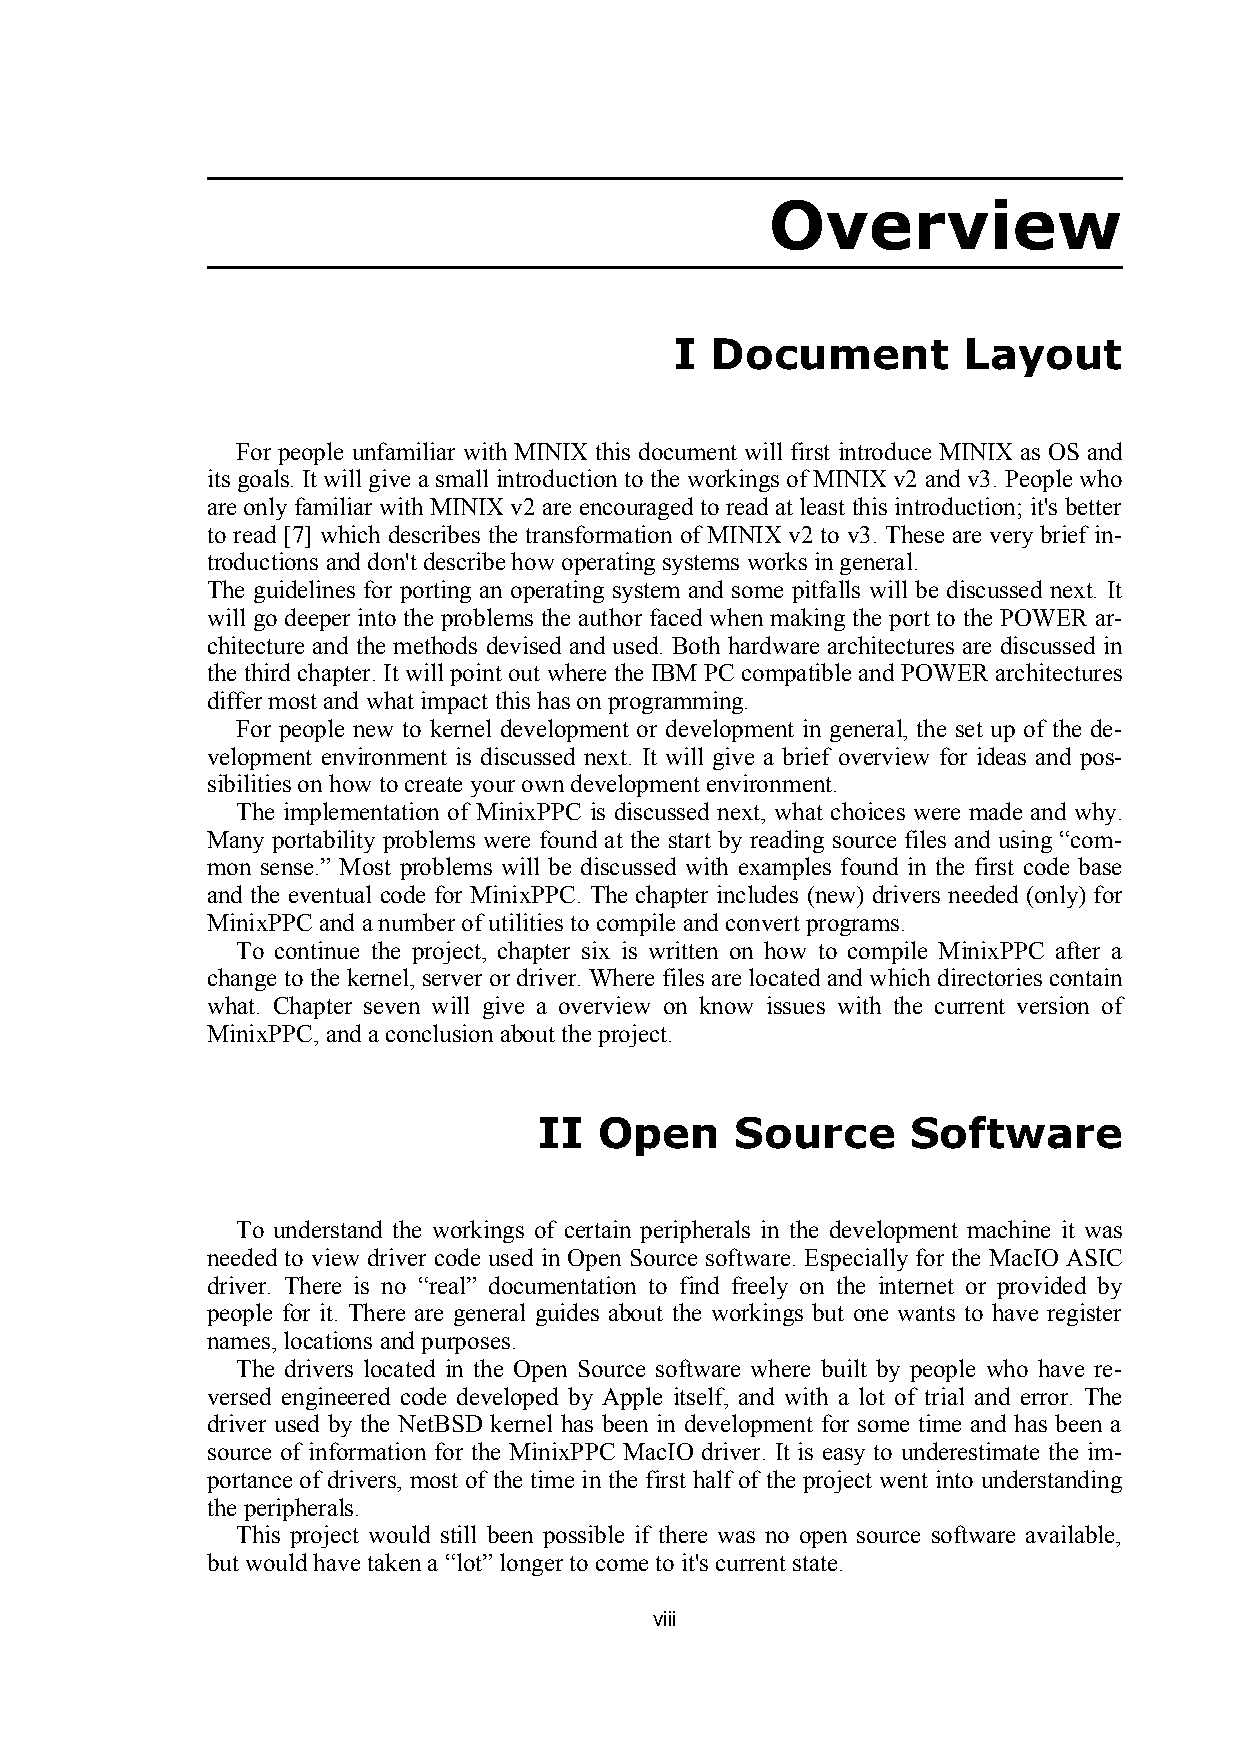
Overview
 I Document         Layout
 For people unfamiliar with MINIX this document will first introduce MINIX as OS and
 its goals. It will give a small introduction to the workings of MINIX v2 and v3. People who
 are only familiar with MINIX v2 are encouraged to read at least this introduction; it's better
 to read [7] which describes the transformation of MINIX v2 to v3. These are very brief in-
 troductions and don't describe how operating systems works in general.
 The guidelines for porting an operating system and some pitfalls will be discussed next. It
 will go deeper into the problems the author faced when making the port to the POWER ar-
 chitecture and the methods devised and used. Both hardware architectures are discussed in
 the third chapter. It will point out where the IBM PC compatible and POWER architectures
 differ most and what impact this has on programming.
 For people new to kernel development or development in general, the set up of the de-
 velopment environment is discussed next. It will give a brief overview for ideas and pos-
 sibilities on how to create your own development environment.
 The implementation of MinixPPC is discussed next, what choices were made and why.
 Many portability problems were found at the start by reading source files and using “com-
 mon sense.” Most problems will be discussed with examples found in the first code base
 and the eventual code for MinixPPC. The chapter includes (new) drivers needed (only) for
 MinixPPC and a number of utilities to compile and convert programs.
 To continue the project, chapter six is written on how to compile MinixPPC after a
 change to the kernel, server or driver. Where files are located and which directories contain
 what. Chapter seven will give a overview on know issues with the current version of
 MinixPPC, and a conclusion about the project.
 II  Open     Source     Software
 To understand the workings of certain peripherals in the development machine it was
 needed to view driver code used in Open Source software. Especially for the MacIO ASIC
 driver. There is no “real” documentation to find freely on the internet or provided by
 people for it. There are general guides about the workings but one wants to have register
 names, locations and purposes.
 The drivers located in the Open Source software where built by people who have re-
 versed engineered code developed by Apple itself, and with a lot of trial and error. The
 driver used by the NetBSD kernel has been in development for some time and has been a
 source of information for the MinixPPC MacIO driver. It is easy to underestimate the im-
 portance of drivers, most of the time in the first half of the project went into understanding
 the peripherals.
 This project would still been possible if there was no open source software available,
 but would have taken a “lot” longer to come to it's current state.
 viii